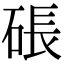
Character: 䂻